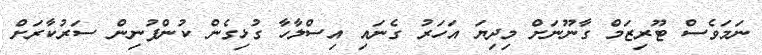
ނަމަވެސް ޓޫރިޒަމް ގާނޫނަށް މިދިޔަ އަހަރު ގެނައި އިސްލާހާ ގުޅިގެން ކުންފުނިން ސަރުކާރަށް